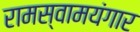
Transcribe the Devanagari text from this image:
रामस्वामयंगार